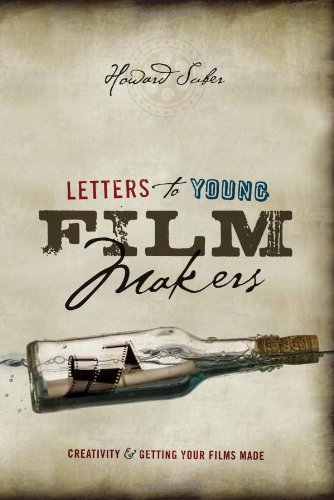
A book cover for Letters to Young Filmmakers: Creativity and Getting Your Films Made; Howard Suber; Business & Money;